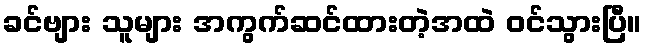
ခင်ဗျား သူများ အကွက်ဆင်ထားတဲ့အထဲ ဝင်သွားပြီ။